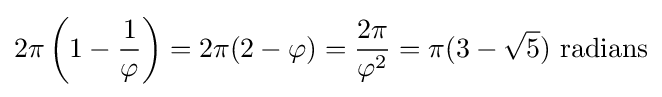
2\pi \left(1-{\frac {1}{\varphi }}\right)=2\pi (2-\varphi )={\frac {2\pi }{\varphi ^{2}}}=\pi (3-{\sqrt {5}}){\text{ radians}}